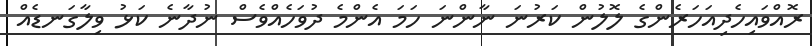
ރޮއްވައިހެދިއަހަރެންގެ ލޮލުން ކަރުނަ ނާންނަ ހަމަ އެންމެ ދުވަހެއްވެސް ނުދާނެ ކަޅު ވިލާގަނޑެެެެއް